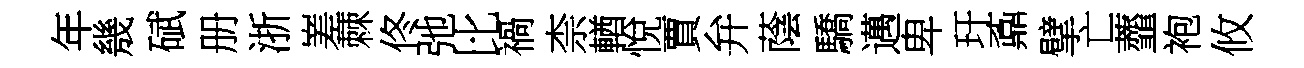
年㡬碔册浙嵳棘佟弛比禍柰輶悅賈弁蔭驕邁卑玕鼒擘亡虀袍攸